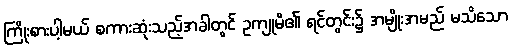
ကြိုးစားပါ့မယ် စကားဆုံးသည့်အခါတွင် ဥကျုမိ၏ ရင်တွင်း၌ အမျိုးအမည် မသိသော